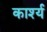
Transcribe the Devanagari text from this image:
कार्श्य